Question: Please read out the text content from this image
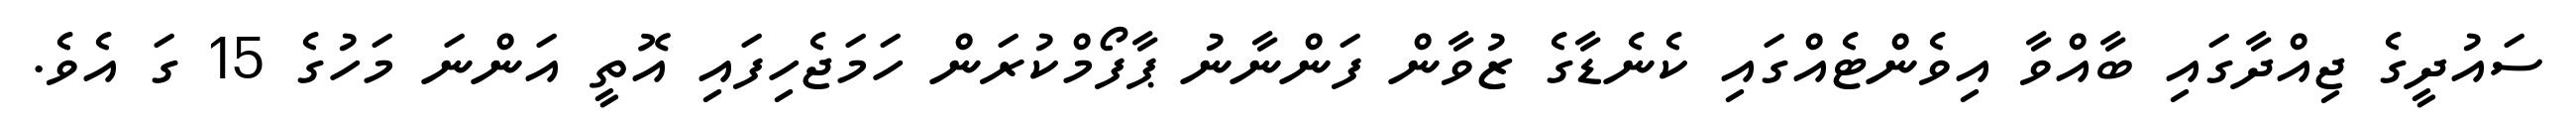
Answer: ސައުދީގެ ޖިއްދާގައި ބާއްވާ އިވެންޓެއްގައި ކެނެޑާގެ ޒުވާން ފަންނާނު ޕާފޯމްކުރަން ހަމަޖެހިފައި އޮތީ އަންނަ މަހުގެ 15 ގަ އެވެ.